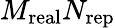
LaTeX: M_{\mathrm{real}}N_{\mathrm{rep}}